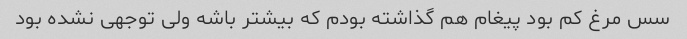
سس مرغ کم بود پیغام هم گذاشته بودم که بیشتر باشه ولی توجهی نشده بود